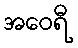
အဝေရီ